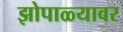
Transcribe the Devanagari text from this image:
झोपाळ्यावर